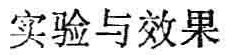
实验与效果